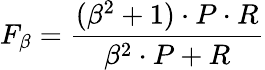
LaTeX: F_{\beta}={\frac{(\beta^{2}+1)\cdot P\cdot R}{\beta^{2}\cdot P+R}}